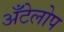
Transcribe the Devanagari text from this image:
अँटेलोप